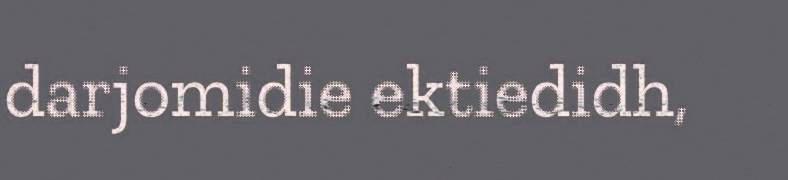
darjomidie ektiedidh,